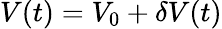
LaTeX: V(t)=V_{0}+\delta V(t)